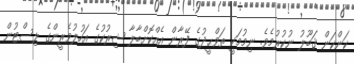
ކަންކަން ޤަބޫލު ނުކުރުމެވެ. ނިމުމަކީ ތަވްޙީދުގެ ފޭރާން އެއްކޮށްބާލާ ޝިރުކުގެ އަހުލުވެރީންގެ ލިސްޓުން